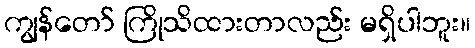
ကျွန်တော် ကြိုသိထားတာလည်း မရှိပါဘူး။